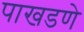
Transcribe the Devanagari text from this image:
पाखडणे